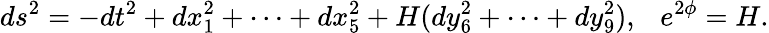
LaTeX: ds^{2}=-dt^{2}+dx_{1}^{2}+\cdots+dx_{5}^{2}+H(dy_{6}^{2}+\cdots+dy_{9}^{2}),\ \ \ e^{2\phi}=H.